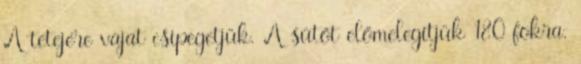
A tetejére vajat csipegetjük. A sütőt előmelegítjük 180 fokra.